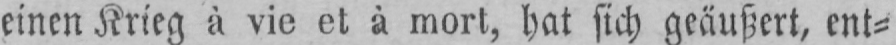
einen Krieg à vie et à mort, hat sich geäußert, ent⸗